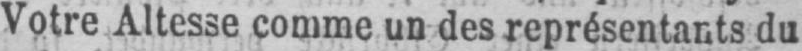
Votre Altesse comme un des représentants du